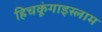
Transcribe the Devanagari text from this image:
हिचकूंगाइस्लाम